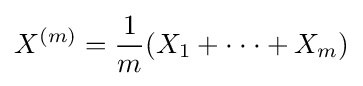
X^{(m)}={\frac {1}{m}}(X_{1}+\cdot \cdot \cdot +X_{m})